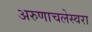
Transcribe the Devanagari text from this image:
अरुणाचलेस्वरा